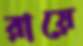
রায়ে